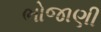
ભોજાણી